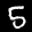
Label: 5